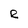
Character: e